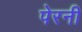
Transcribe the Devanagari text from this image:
पेरनी